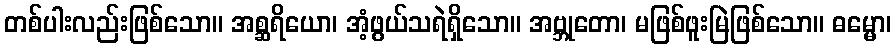
တစ်ပါးလည်းဖြစ်သော။ အစ္ဆရိယော၊ အံ့ဖွယ်သရဲရှိသော။ အဗ္ဘုတော၊ မဖြစ်ဖူးမြဲဖြစ်သော။ ဓမ္မော၊